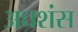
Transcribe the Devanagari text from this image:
अघशंस